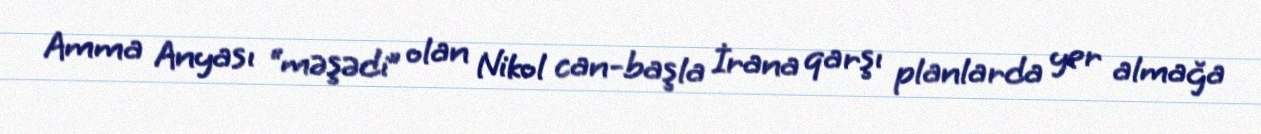
Amma Anyası “məşədi” olan Nikol can-başla İrana qarşı planlarda yer almağa